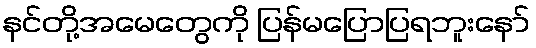
နင်တို့အမေတွေကို ပြန်မပြောပြရဘူးနော်